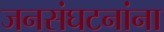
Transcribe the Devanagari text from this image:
जनसंघटनांना